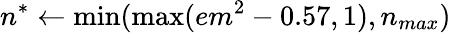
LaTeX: n^{*}\leftarrow\operatorname*{min}(\operatorname*{max}(em^{2}-0.57,1),n_{max})